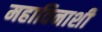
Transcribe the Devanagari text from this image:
महाविनाशी